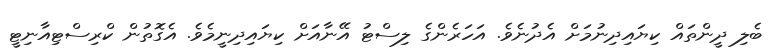
ބެލި ދީންތައް ކިޔައިދިނުމަށް އެދުނެވެ. އަހަރެންގެ ލިސްޓު އޭނާއަށް ކިޔައިދިނީމެވެ. އެގޮތުން ކްރިސްޓިއާނިޓީ